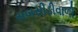
સબસીડીવાળી